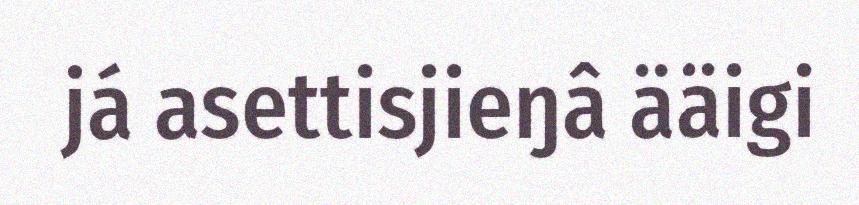
já asettisjieŋâ ääigi